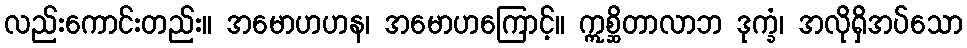
လည်းကောင်းတည်း။ အမောဟဟန၊ အမောဟကြောင့်။ ဣစ္ဆိတာလာဘ ဒုက္ခံ၊ အလိုရှိအပ်သော